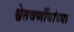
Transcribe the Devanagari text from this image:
श्वेतवर्णीयांच्या